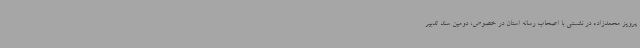
پرویز محمدزاده در نشستی با اصحاب رسانه استان در خصوص، دومین سند تدبیر